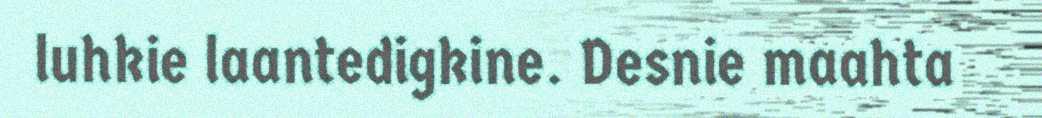
luhkie laantedigkine. Desnie maahta